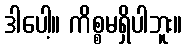
ဒါပေါ့။ ကိစ္စမရှိပါဘူး။